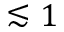
\lesssim 1